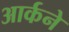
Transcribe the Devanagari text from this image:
आर्कने